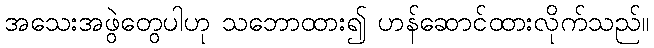
အသေးအဖွဲတွေပါဟု သဘောထား၍ ဟန်ဆောင်ထားလိုက်သည်။